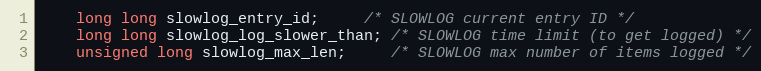
Language: C
    long long slowlog_entry_id;     /* SLOWLOG current entry ID */
    long long slowlog_log_slower_than; /* SLOWLOG time limit (to get logged) */
    unsigned long slowlog_max_len;     /* SLOWLOG max number of items logged */